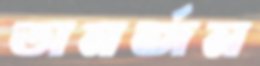
অনর্জন